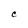
Character: C